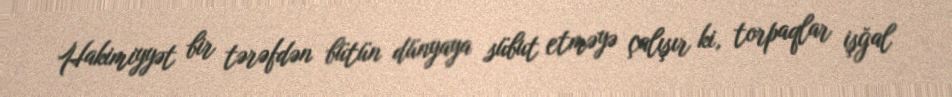
Hakimiyyət bir tərəfdən bütün dünyaya sübut etməyə çalışır ki, torpaqlar işğal